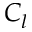
C _ { l }